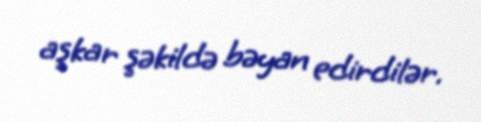
aşkar şəkildə bəyan edirdilər.